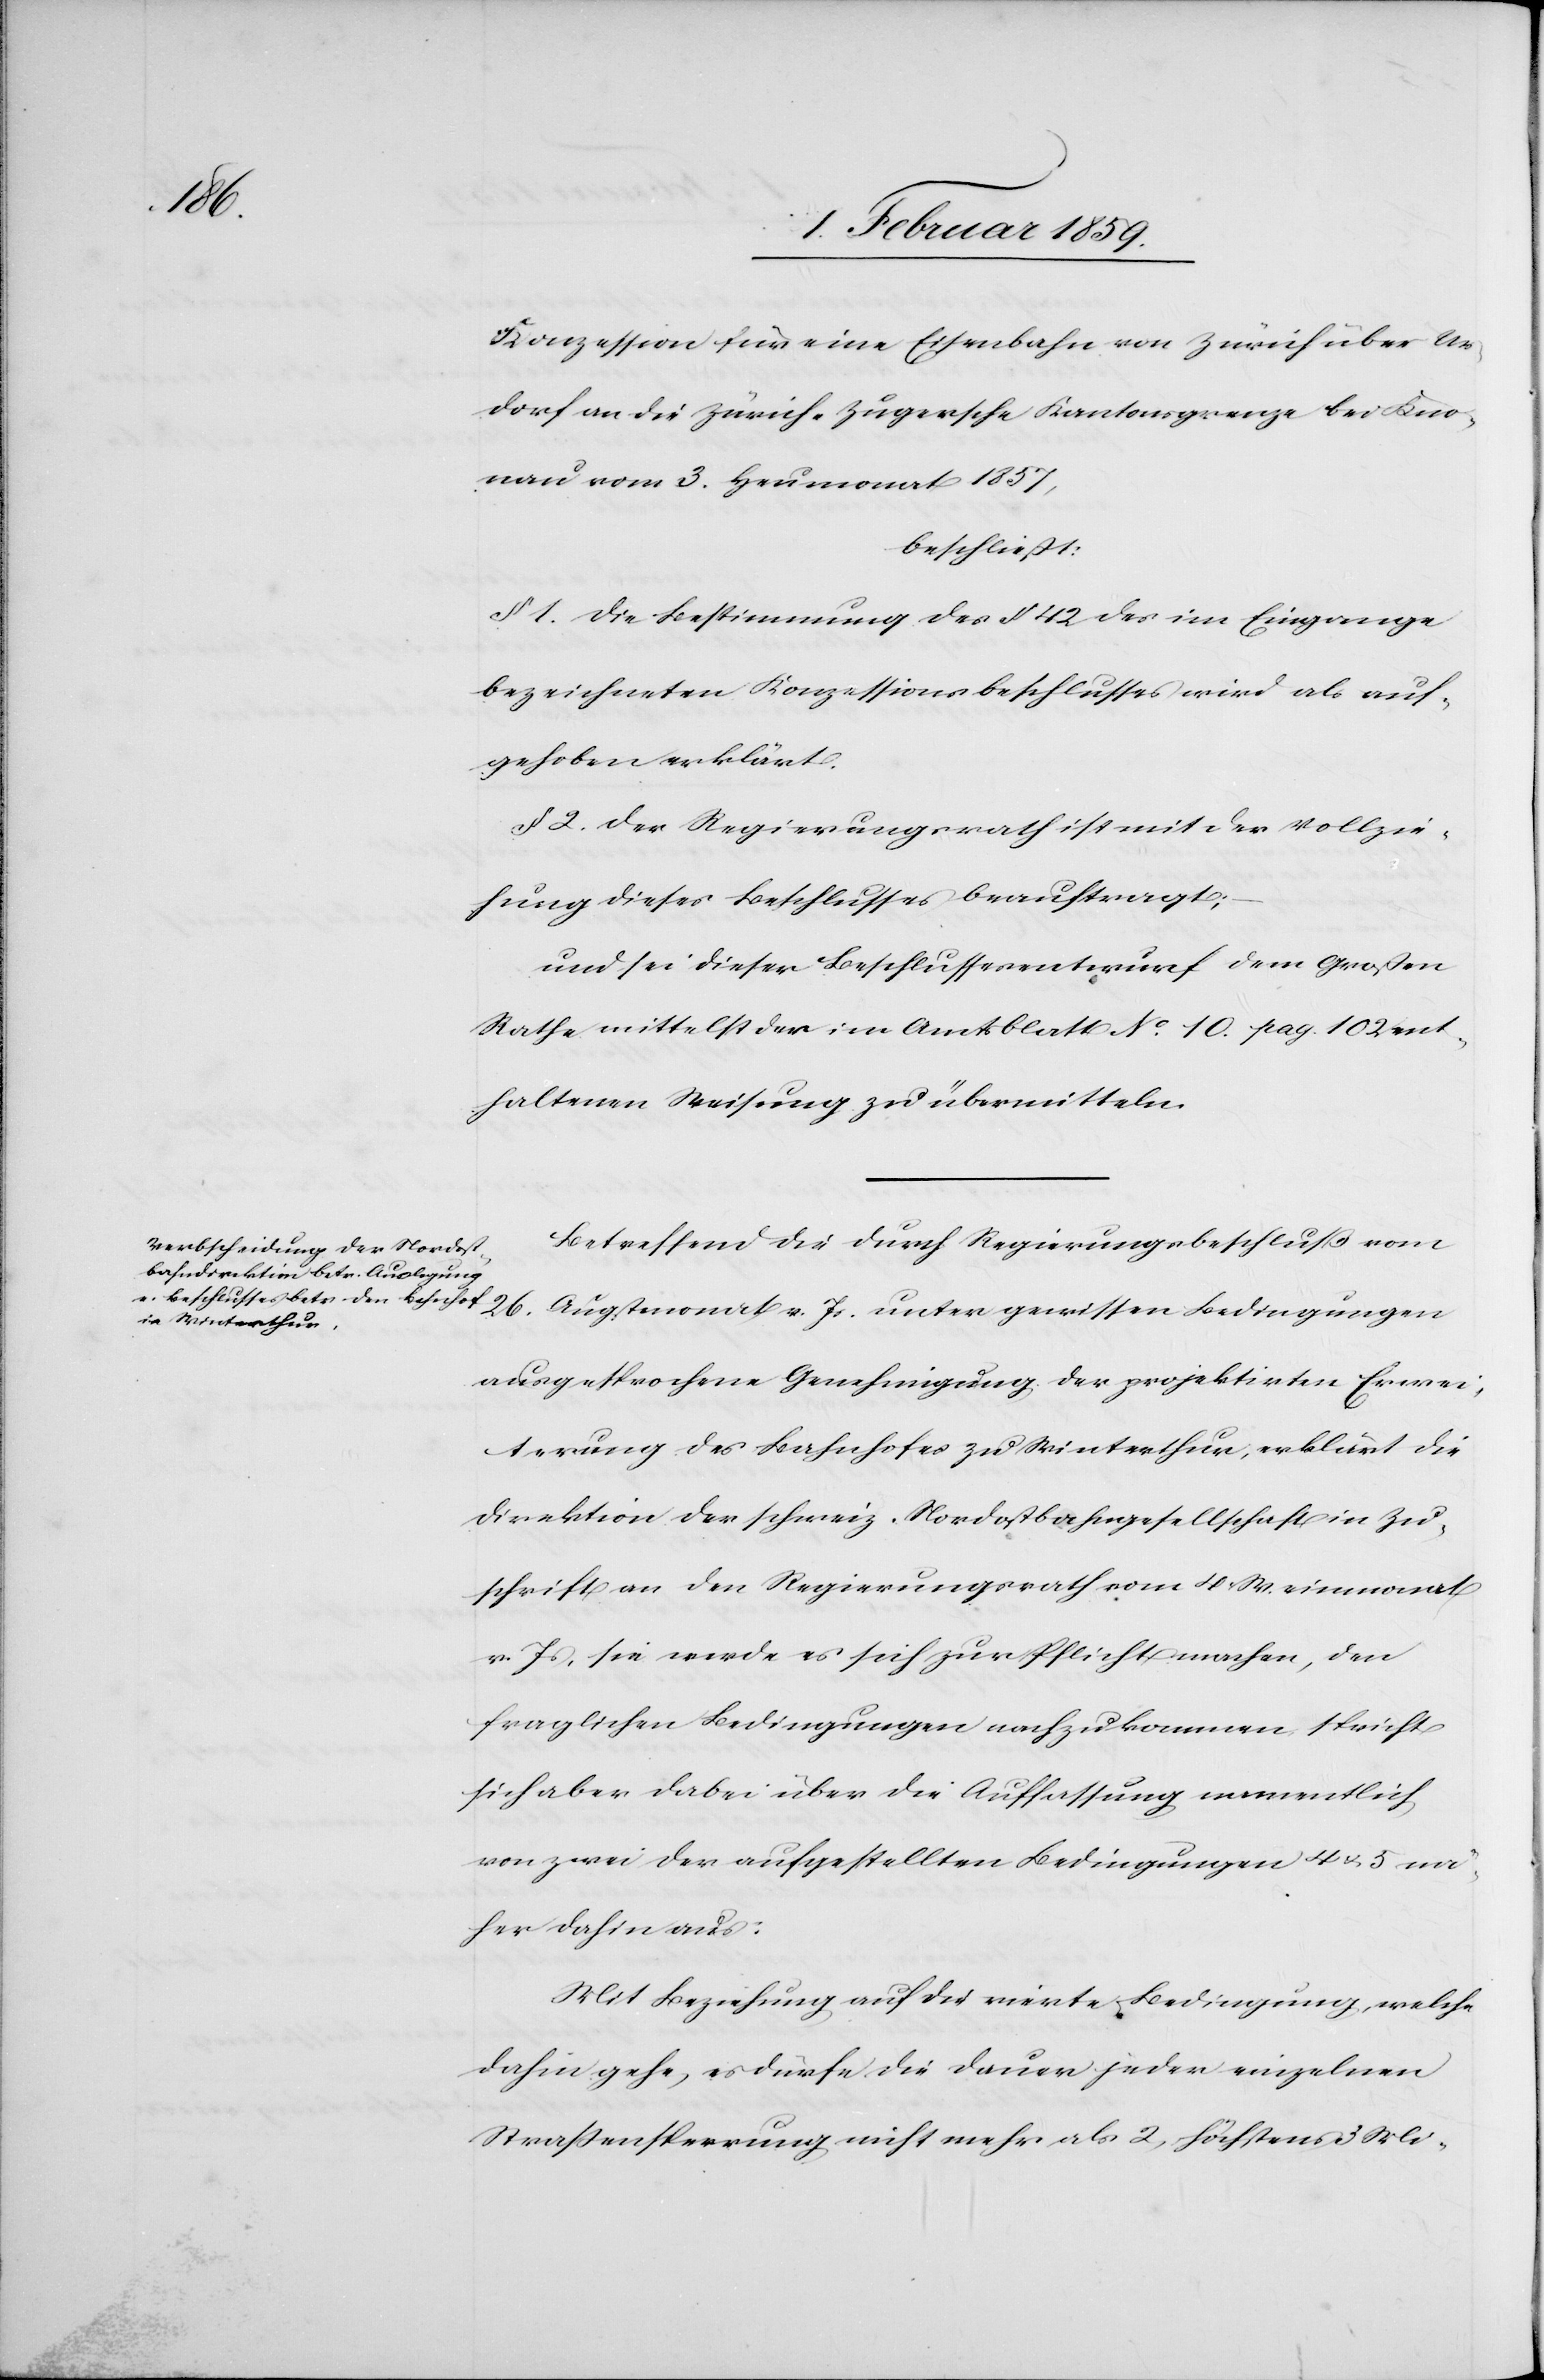
Konzession für eine Eisenbahn von Zürich über Ur¬
dorf an die Zürich-Zugersche Kantonsgrenze bei Kno¬
nau vom 3. Heumonat 1857,
beschließt:
§ 1. Die Bestimmung des § 42 des im Eingange
bezeichneten Konzessionsbeschlusses wird als auf¬
gehoben erklärt.
§ 2 Der Regierungsrath ist mit der Vollzie¬
hung dieses Beschlusses beauftragt;
und sei dieser Beschlussesentwurf dem Großen
Rathe mittelst der im Amtsblatt No. 10. pag. 102 ent¬
haltenen Weisung zu übermitteln
Betreffend die durch Regierungsbeschluß vom
26. Augstmonat v. Js. unter gewissen Bedingungen
ausgesprochene Genehmigung der projektirten Erwei¬
terung des Bahnhofes zu Winterthur, erklärt die
Direktion der schweiz. Nordostbahngesellschaft in Zu¬
schrift an den Regierungsrath vom 4. Weinmonat
v. Js. sie werde es sich zur Pflicht machen, den
fraglichen Bedingungen nach zu kommen, spricht
sich aber dabei über die Auffassung namentlich
von zwei der aufgestellten Bedingungen 4 u. 5 nä¬
her dahin aus:
Mit Beziehung auf die vierte Bedingung, welche
dahin gehe, es dürfe die Dauer jeder einzelnen
Straßensperrung nicht mehr als 2, höchstens 3 Mi-